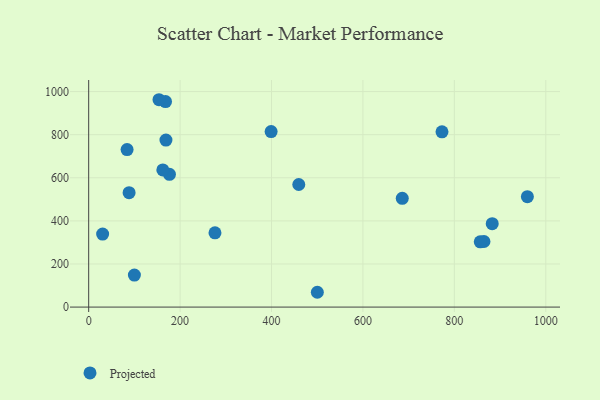
{"axis": {"x": "Ad Spend", "y": "Demand"}, "legend": ["Projected"], "data": [{"x": "176.7", "y": 615.8, "type": "Projected"}, {"x": "864.7", "y": 304.2, "type": "Projected"}, {"x": "100.0", "y": 148.6, "type": "Projected"}, {"x": "399.1", "y": 814.2, "type": "Projected"}, {"x": "772.9", "y": 813.3, "type": "Projected"}, {"x": "84.0", "y": 730.9, "type": "Projected"}, {"x": "168.1", "y": 953.6, "type": "Projected"}, {"x": "882.8", "y": 386.8, "type": "Projected"}, {"x": "30.5", "y": 338.7, "type": "Projected"}, {"x": "276.3", "y": 344.5, "type": "Projected"}, {"x": "500.2", "y": 68.7, "type": "Projected"}, {"x": "856.6", "y": 302.6, "type": "Projected"}, {"x": "88.4", "y": 531.0, "type": "Projected"}, {"x": "169.0", "y": 775.0, "type": "Projected"}, {"x": "686.0", "y": 504.6, "type": "Projected"}, {"x": "162.2", "y": 636.4, "type": "Projected"}, {"x": "153.8", "y": 962.2, "type": "Projected"}, {"x": "959.7", "y": 512.2, "type": "Projected"}, {"x": "459.6", "y": 568.7, "type": "Projected"}]}